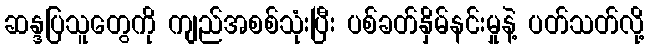
ဆန္ဒပြသူတွေကို ကျည်အစစ်သုံးပြီး ပစ်ခတ်နှိမ်နင်းမှုနဲ့ ပတ်သတ်လို့